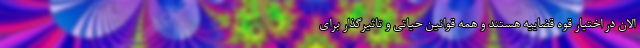
الان در اختیار قوه قضاییه هستند و همه قوانین حیاتی و تاثیرگذار برای